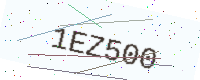
Text: 1EZ500